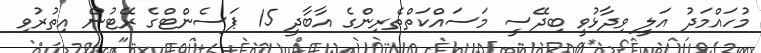
މުހައްމަދު އަލީ ވިދާޅުވީ ބިދޭސީ މަސައްކަތްތެރިންގެ އާބާދީ 15 ޕަސެންޓްގެ ރޭޓުން އިތުރުވި